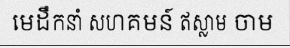
មេដឹកនាំ សហគមន៍ ឥស្លាម ចាម